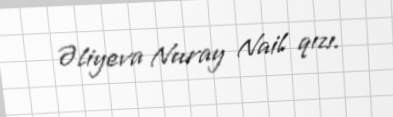
Əliyeva Nuray Nail qızı.